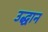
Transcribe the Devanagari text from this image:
उद्धान